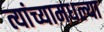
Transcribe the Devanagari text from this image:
त्यांच्यामधल्या